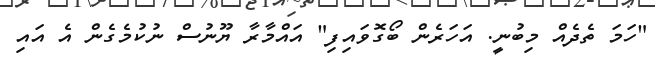
"ހަމަ ތެދެއް މިބުނީ. އަހަރެން ބޯގޮވައިފި" އައްމާރާ ޔޫނުސް ނުކުމެގެން އެ އައި